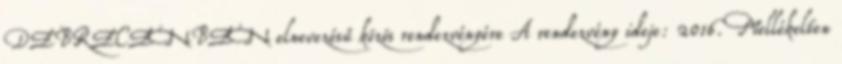
DEBRECENBEN elnevezésű közös rendezvényére A rendezvény ideje: 2016. Mellékelten